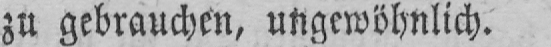
zu gebrauchen, ungewöhnlich.